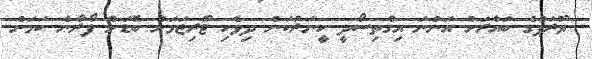
ޔޫރަޕްގެ ބައްރަށް އަންނަ އިގްތިސޯދީ ހީނަރުކަން ދިވެހި ޓޫރިޒަމަށް ބޮޑަށް ފޯރާނެ ކަމަށް